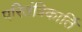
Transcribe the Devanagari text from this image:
परितंत्रिकार्ति